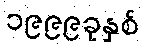
၁၉၉၉ခုနှစ်